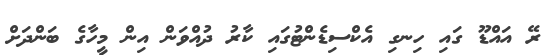
ރޭ އައްޑޫ ގައި ހިނގި އެކްސިޑެންޓުގައި ކާރު ދުއްވަން އިން މީހާގެ ބަންދަށް